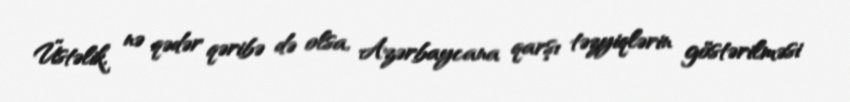
Üstəlik, nə qədər qəribə də olsa, Azərbaycana qarşı təzyiqlərin göstərilməsi